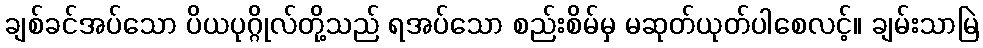
ချစ်ခင်အပ်သော ပိယပုဂ္ဂိုလ်တို့သည် ရအပ်သော စည်းစိမ်မှ မဆုတ်ယုတ်ပါစေလင့်။ ချမ်းသာမြဲ